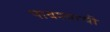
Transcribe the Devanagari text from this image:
पावश्याची